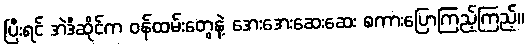
ပြီးရင် အဲဒီဆိုင်က ဝန်ထမ်းတွေနဲ့ အေးအေးဆေးဆေး စကားပြောကြည့်ကြည့်။